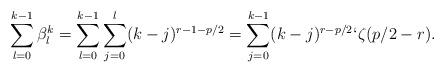
LaTeX: \begin{align*}\sum_{l=0}^{k-1} \beta^k_l = \sum_{l=0}^{k-1}\sum_{j=0}^l (k-j)^{r-1-p/2} = \sum_{j=0}^{k-1} (k-j)^{r-p/2} \lq \zeta(p/2-r).\end{align*}